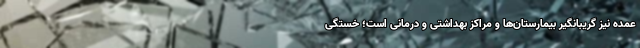
عمده نیز گریبانگیر بیمارستان‌ها و مراکز بهداشتی و درمانی است؛ خستگی